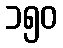
၁၅၀